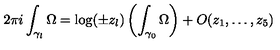
2 \pi i \int _ { \gamma _ { l } } \Omega = \log ( \pm z _ { l } ) \left( \int _ { \gamma _ { 0 } } \Omega \right) + O ( z _ { 1 } , \dots , z _ { 5 } )